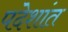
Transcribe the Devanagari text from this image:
पदेशांत